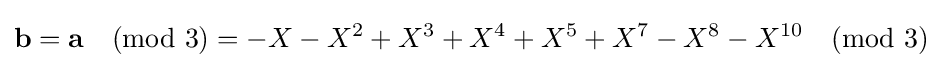
{\textbf {b}}={\textbf {a}}{\pmod {3}}=-X-X^{2}+X^{3}+X^{4}+X^{5}+X^{7}-X^{8}-X^{10}{\pmod {3}}